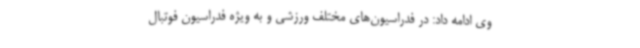
وی ادامه داد: در فدراسیون‌های مختلف ورزشی و به ویژه فدراسیون فوتبال